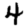
Digit: 4